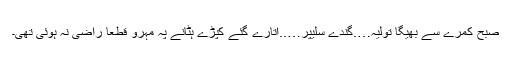
صبح کمرے سے بھیگا تولیہ….گندے سلیپر…..اتارے گئے کپڑے ہٹانے پہ مہرو قطعاً راضی نہ ہوئی تھی۔